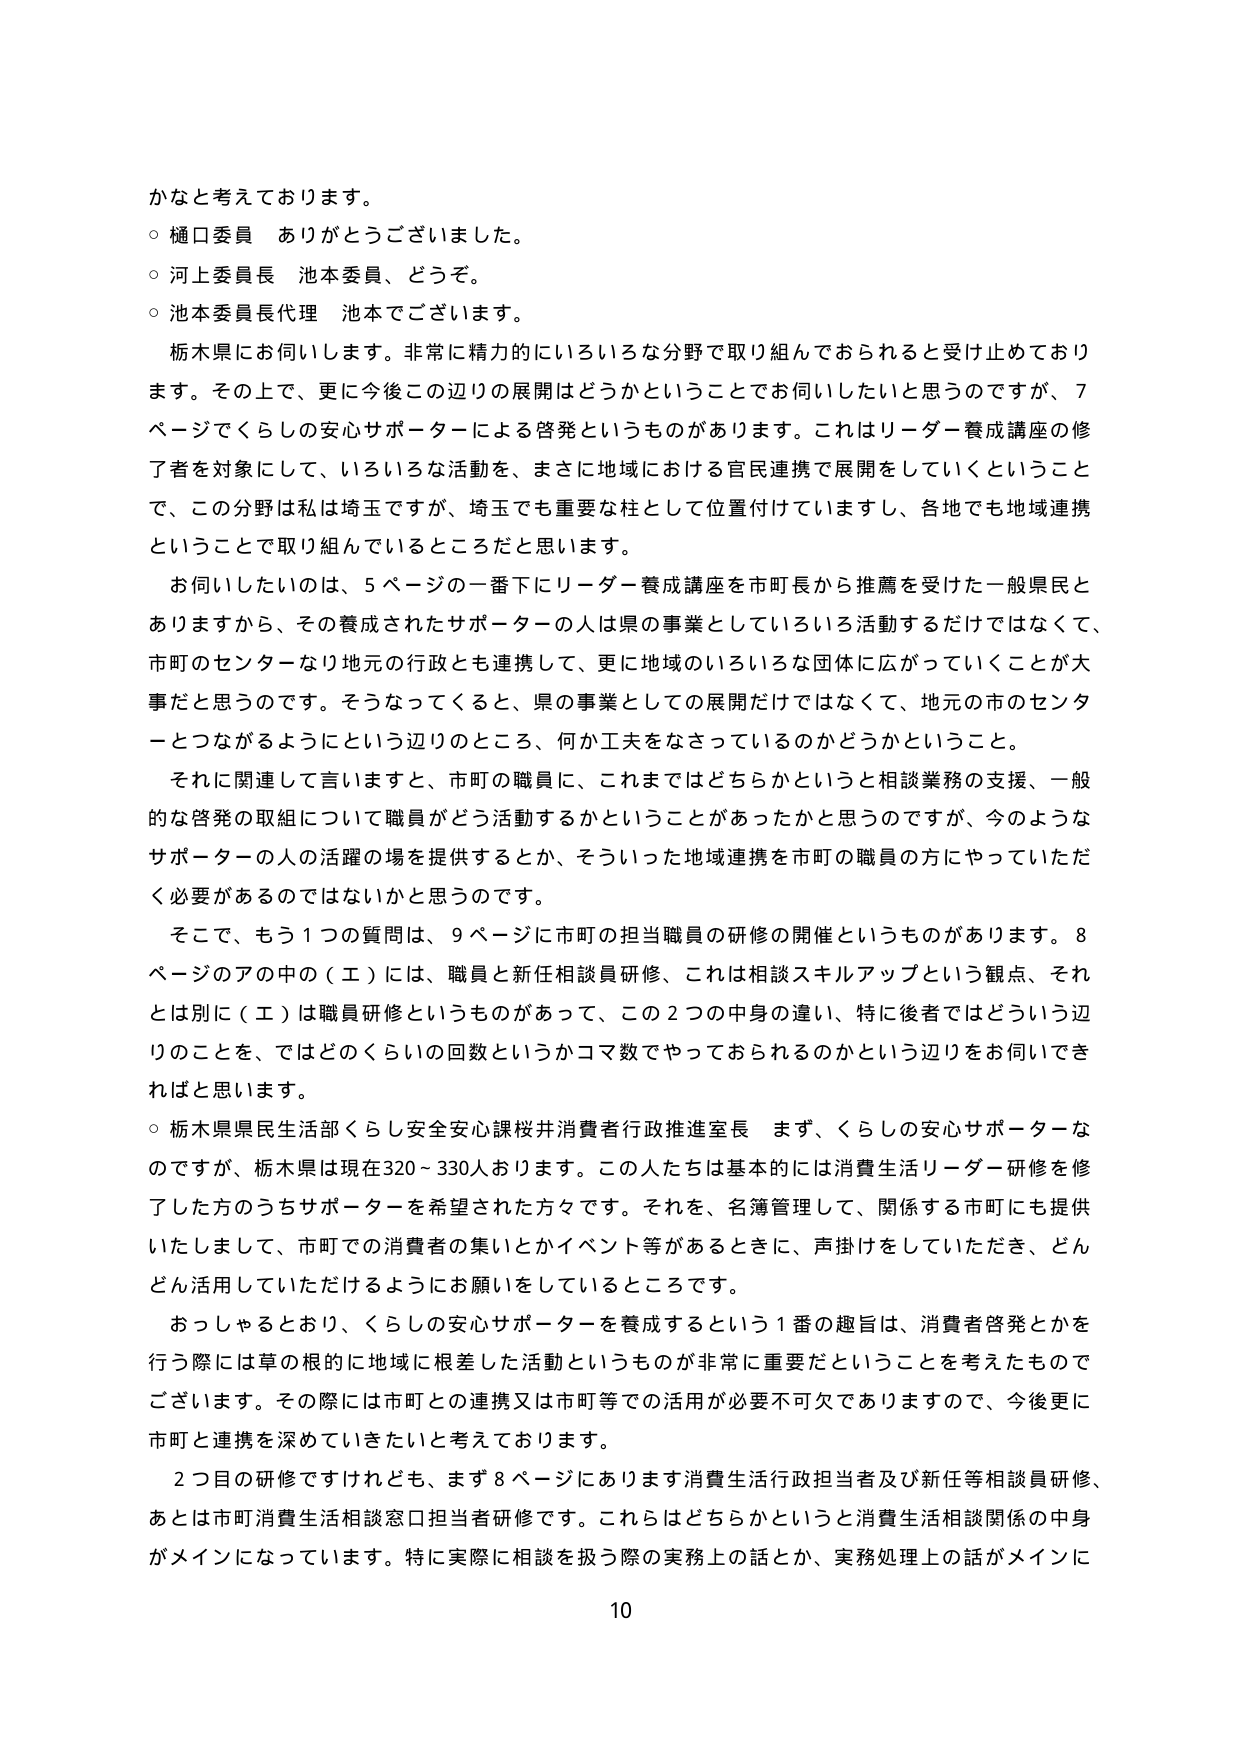
かなと考えております。
○ 樋口委員 ありがとうございました。
○ 河上委員長 池本委員、どうぞ。
○ 池本委員長代理 池本でございます。
栃木県にお伺いします。非常に精力的にいろいろな分野で取り組んでおられると受け止めております。その上で、更に今後この辺りの展開はどうかということでお伺いしたいと思うのですが、7ページでくらしの安心サポーターによる啓発というものがあります。これはリーダー養成講座の修了者を対象にして、いろいろな活動を、まさに地域における官民連携で展開をしていくということで、この分野は私は埼玉ですが、埼玉でも重要な柱として位置付けていますし、各地でも地域連携ということで取り組んでいるところだと思います。
お伺いしたいのは、5ページの一番下にリーダー養成講座を市町長から推薦を受けた一般県民とありますから、その養成されたサポーターの人は県の事業としていろいろ活動するだけではなくて、市町のセンターなり地元の行政とも連携して、更に地域のいろいろな団体に広がっていくことが大事だと思うのです。そうなってくると、県の事業としての展開だけではなくて、地元の市のセンターとつながるようにという辺りのところ、何か工夫をなさっているのかどうかということ。
それに関連して言いますと、市町の職員に、これまではどちらかというと相談業務の支援、一般的な啓発の取組について職員がどう活動するかということがあったかと思うのですが、今のようなサポーターの人の活躍の場を提供するとか、そういった地域連携を市町の職員の方にやっていただく必要があるのではないかなと思うのです。
そこで、もう1つの質問は、9ページに市町の担当職員の研修の開催というものがあります。8ページのアの中の（エ）には、職員と新任相談員研修、これは相談スキルアップという観点、それとは別に（エ）は職員研修というものがあって、この2つの中身の違い、特に後者ではどういう辺りのことを、ではどのくらいの回数というかコマ数でやっておられるのかという辺りをお伺いできればと思います。
○ 栃木県県民生活部くらし安全安心課桜井消費者行政推進室長 まず、くらしの安心サポーターなのですが、栃木県は現在320～330人おります。この人たちは基本的には消費生活リーダー研修を修了した方のうちサポーターを希望された方々です。それを、名簿管理して、関係する市町にも提供いたしまして、市町での消費者の集いとかイベント等があるときに、声掛けをしていただき、どんどん活用していただけるようにお願いをしているところです。
おっしゃるとおり、くらしの安心サポーターを養成するという1番の趣旨は、消費者啓発とかを行う際には草の根的に地域に根差した活動というものが非常に重要だということを考えたものでございます。その際には市町との連携又は市町等での活用が必要不可欠でありますので、今後更に市町と連携を深めていきたいと考えております。
2つ目の研修ですけれども、まず8ページにあります消費生活行政担当者及び新任等相談員研修、あとは市町消費生活相談窓口担当者研修です。これらはどちらかというと消費生活相談関係の中身がメインになっています。特に実際に相談を扱う際の実務上の話とか、実務処理上の話がメインに
10